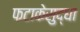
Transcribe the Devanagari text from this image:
फटाकेसुद्धा